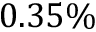
0 . 3 5 \%